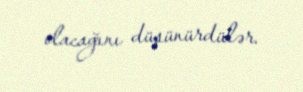
olacağını düşünürdülər.